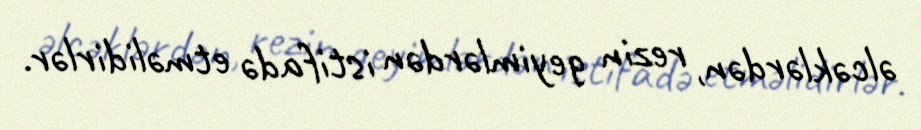
əlcəklərdən, rezin geyimlərdən istifadə etməlidirlər.